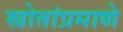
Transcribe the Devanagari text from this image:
स्त्रोतांप्रमाणे